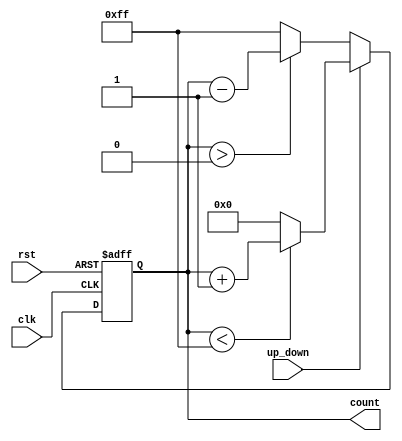
module pulse_counter (
    input wire clk,            // Pulse input (clock signal)
    input wire rst,            // Asynchronous reset input
    input wire up_down,        // Count direction control (1 for up, 0 for down)
    output reg [7:0] count     // Count output (8-bit counter)
);

    // Maximum count value
    localparam MAX_COUNT = 8'd255; // 8-bit maximum value

    // Asynchronous reset and counting logic
    always @(posedge clk or posedge rst) begin
        if (rst) begin
            count <= 8'b0; // Reset the count to zero
        end else begin
            if (up_down) begin
                // Up counting
                if (count < MAX_COUNT) begin
                    count <= count + 1; // Increment count
                end else begin
                    count <= 8'b0; // Wrap around to zero
                end
            end else begin
                // Down counting
                if (count > 0) begin
                    count <= count - 1; // Decrement count
                end else begin
                    count <= MAX_COUNT; // Wrap around to max value
                end
            end
        end
    end

endmodule